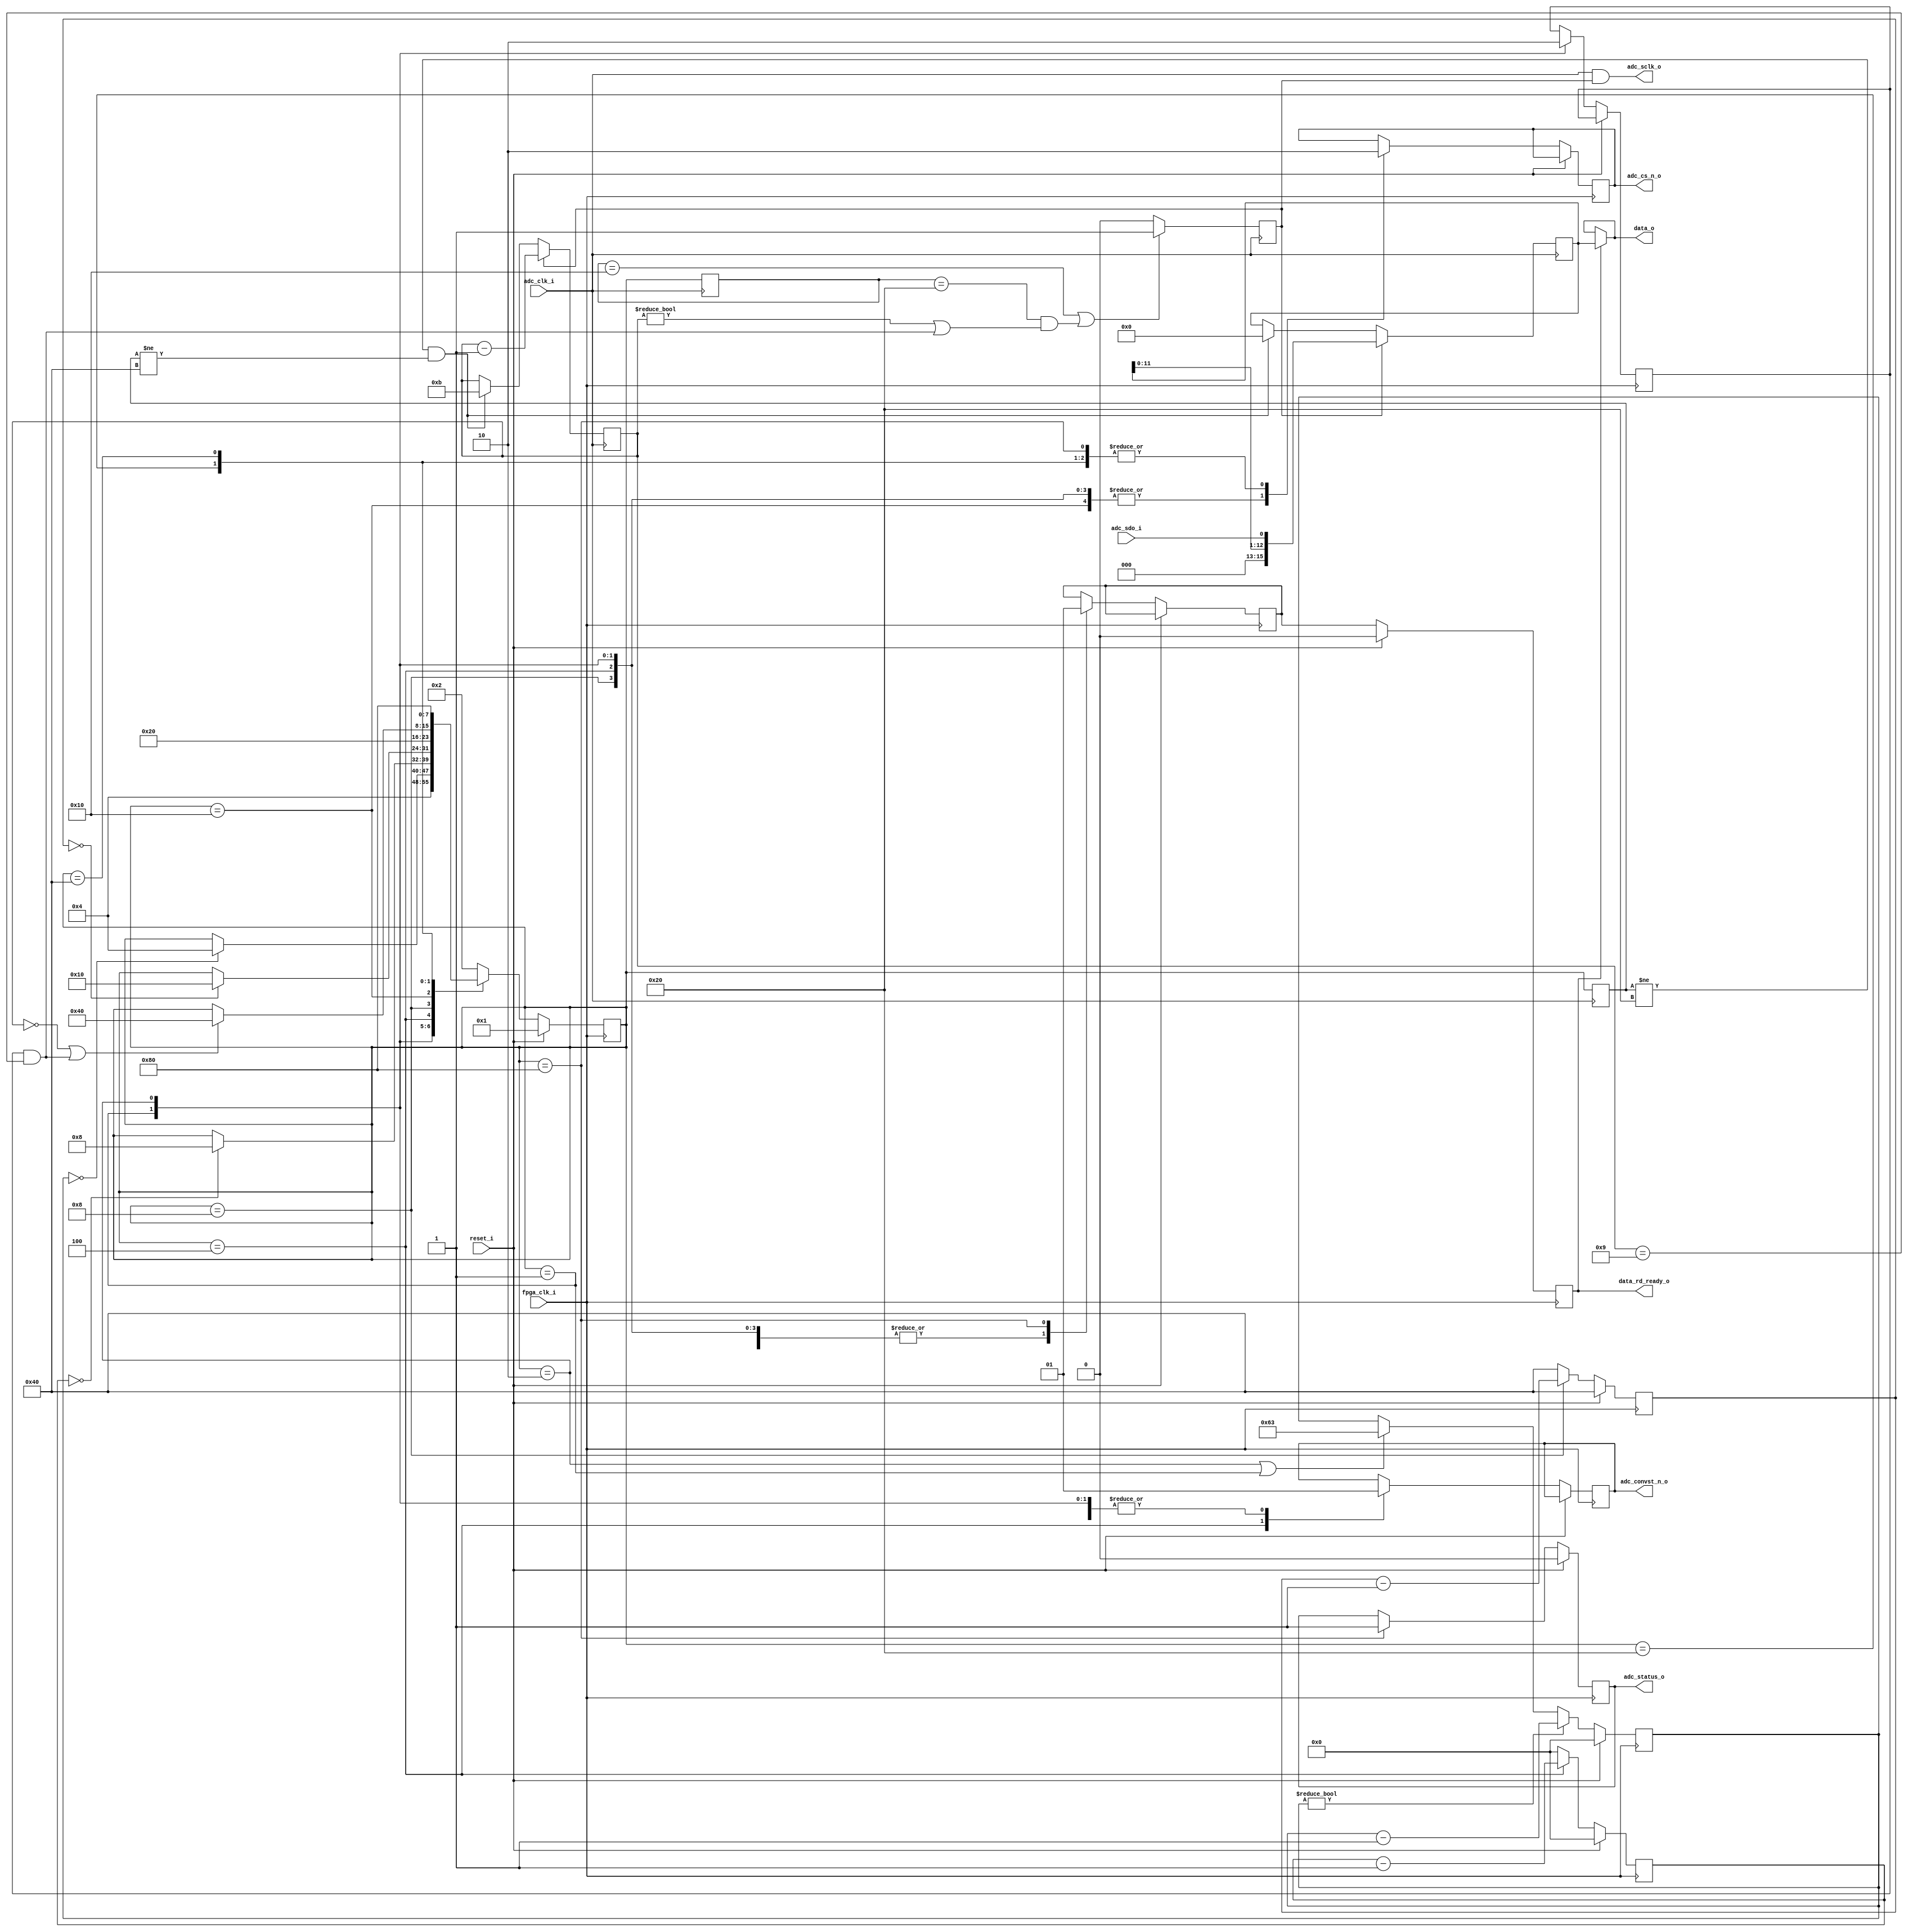
module axi_ad7091r_dev_if
(
    //clock and reset signals
    input               fpga_clk_i,     // system clock (100 MHz)
    input               adc_clk_i,      // clock to be applied to ADC to read the conversions results (50 MHZ)
    input               reset_i,        // active high reset signal
    //IP control and data interface
    output     [15:0]   data_o,         // data read from the ADC
    output  reg         data_rd_ready_o,// when set to high the data read from the ADC is available on the data_o bus
    output  reg         adc_status_o,   // signals that the first data acquisition has been performed
    //AD7938 control and data interface
    input               adc_sdo_i,
    output              adc_sclk_o,
    output              adc_cs_n_o,
    output              adc_convst_n_o
);
reg [ 7:0]  adc_state;          //current state for the ADC control state machine
reg [ 7:0]  adc_next_state;     //next state for the ADC control state machine
reg [ 7:0]  adc_state_nc_m1;    //current state for the ADC state machine in the ADC clock domain sampled on the falling edge
reg [ 7:0]  adc_state_pc_m1;    //current state for the ADC state machine in the ADC clock domain sampled on the rising edge
reg [ 6:0]  adc_tcycle_cnt;
reg [ 6:0]  adc_tconvst_cnt;
reg [ 6:0]  adc_tconvert_cnt;
reg [ 4:0]  sclk_clk_cnt;
reg         adc_cnv_s;
reg         adc_clk_en = 1'b0;
reg         adc_cs_n_s;
reg [15:0]  adc_data_s;
reg         adc_sw_reset;
reg         data_rd_ready_s;
//ADC states
parameter ADC_SW_RESET_STATE        = 8'b00000001;
parameter ADC_IDLE_STATE            = 8'b00000010;
parameter ADC_START_CNV_STATE       = 8'b00000100;
parameter ADC_WAIT_CNV_DONE_STATE   = 8'b00001000;
parameter ADC_WAIT_DATA_VALID_STATE = 8'b00010000;
parameter ADC_READ_CNV_RESULT       = 8'b00100000;
parameter ADC_END_CNV_STATE         = 8'b01000000;
parameter ADC_DATAREADY_STATE       = 8'b10000000;
//ADC timing
parameter real FPGA_CLOCK_FREQ  = 100;    //FPGA clock frequency [MHz]
parameter real ADC_CYCLE_TIME   = 1.000;  //minimum time between two ADC conversions [us]
parameter real ADC_CONVST_TIME  = 0.010;  //minimum time to keep /CONVST low [us]
parameter real ADC_CONVERT_TIME = 0.650;  //conversion time [us]
parameter [6:0] ADC_CYCLE_CNT   = FPGA_CLOCK_FREQ * ADC_CYCLE_TIME - 1;
parameter [6:0] ADC_CONVST_CNT  = FPGA_CLOCK_FREQ * ADC_CONVST_TIME - 1;
parameter [6:0] ADC_CONVERT_CNT = FPGA_CLOCK_FREQ * ADC_CONVERT_TIME - 1;
//ADC serial clock periods
parameter ADC_SCLK_PERIODS       = 5'd12;
parameter ADC_RESET_SCLK_PERIODS = 4'd3;
assign adc_sclk_o     = adc_clk_i & adc_clk_en;
assign adc_cs_n_o     = adc_cs_n_s;
assign adc_convst_n_o = adc_cnv_s;
assign data_o         = (data_rd_ready_o == 1'b1) ? adc_data_s : data_o;
always @(negedge fpga_clk_i)
begin
    if(reset_i == 1'b1)
    begin
        data_rd_ready_o <= 1'b0;
    end
    else
    begin
        data_rd_ready_o <= data_rd_ready_s;
    end
end
//update the ADC timing counters
always @(posedge fpga_clk_i)
begin
    if(reset_i == 1'b1)
    begin
        adc_tcycle_cnt   <= 0;
        adc_tconvst_cnt  <= ADC_CONVST_CNT;
        adc_tconvert_cnt <= ADC_CONVERT_CNT;
    end
    else
    begin
        if(adc_tcycle_cnt != 1'b0)
        begin
            adc_tcycle_cnt <= adc_tcycle_cnt - 7'h1;
        end
        else if(adc_state == ADC_IDLE_STATE || adc_state == ADC_SW_RESET_STATE)
        begin
            adc_tcycle_cnt <= ADC_CYCLE_CNT;
        end
        if(adc_state == ADC_START_CNV_STATE)
        begin
            adc_tconvst_cnt <= adc_tconvst_cnt - 7'h1;
        end
        else
        begin
           adc_tconvst_cnt <= ADC_CONVST_CNT;
        end
        if(adc_state == ADC_WAIT_CNV_DONE_STATE)
        begin
            adc_tconvert_cnt <= adc_tconvert_cnt - 7'h1;
        end
        else
        begin
           adc_tconvert_cnt <= ADC_CONVERT_CNT;
        end
    end
end
//determine when the ADC clock is valid to be sent to the ADC
always @(negedge adc_clk_i)
begin
    adc_state_nc_m1 <= adc_state;
    adc_clk_en      <= ((adc_state_nc_m1 == ADC_WAIT_DATA_VALID_STATE) || (adc_state_nc_m1 == ADC_READ_CNV_RESULT) && ( (sclk_clk_cnt != 0) || ((adc_sw_reset == 1'b1) && (sclk_clk_cnt == ADC_SCLK_PERIODS - ADC_RESET_SCLK_PERIODS)))) ? 1'b1 : 1'b0;
end
//read data from the ADC
always @(negedge adc_clk_i)
begin
    adc_state_pc_m1 <= adc_state;
    if(adc_clk_en == 1'b1)
    begin
        adc_data_s   <= {3'b0, adc_data_s[11:0], adc_sdo_i};
        sclk_clk_cnt <= sclk_clk_cnt - 5'h1;
    end
    else if(adc_state_pc_m1 != ADC_READ_CNV_RESULT && adc_state_pc_m1 != ADC_END_CNV_STATE)
    begin
        adc_data_s      <= 16'h0;
        sclk_clk_cnt    <= ADC_SCLK_PERIODS - 1;
    end
end
//update the ADC current state and the control signals
always @(posedge fpga_clk_i)
begin
    if(reset_i == 1'b1)
    begin
        adc_state <= ADC_SW_RESET_STATE;
        adc_status_o <= 1'b0;
    end
    else
    begin
        adc_state <= adc_next_state;
        case (adc_state)
            ADC_SW_RESET_STATE:
            begin
                adc_cnv_s       <= 1'b1;
                adc_cs_n_s      <= 1'b1;
                data_rd_ready_s <= 1'b0;
                adc_sw_reset    <= 1'b1;
            end
            ADC_IDLE_STATE:
            begin
                adc_cnv_s       <= 1'b1;
                adc_cs_n_s      <= 1'b1;
                data_rd_ready_s <= 1'b0;
                adc_sw_reset    <= 1'b0;
            end
            ADC_START_CNV_STATE:
            begin
                adc_cnv_s       <= 1'b0;
                adc_cs_n_s      <= 1'b1;
                data_rd_ready_s <= 1'b0;
            end
            ADC_WAIT_CNV_DONE_STATE:
            begin
                adc_cnv_s       <= 1'b1;
                adc_cs_n_s      <= 1'b1;
                data_rd_ready_s <= 1'b0;
            end
            ADC_WAIT_DATA_VALID_STATE:
            begin
                adc_cnv_s       <= 1'b1;
                adc_cs_n_s      <= 1'b1;
                data_rd_ready_s <= 1'b0;
            end
            ADC_READ_CNV_RESULT:
            begin
                adc_cnv_s       <= 1'b1;
                adc_cs_n_s      <= 1'b0;
                data_rd_ready_s <= 1'b0;
            end
            ADC_END_CNV_STATE:
            begin
                adc_cnv_s       <= 1'b1;
                adc_cs_n_s      <= 1'b0;
                data_rd_ready_s <= 1'b0;
            end
            ADC_DATAREADY_STATE:
            begin
                adc_cnv_s       <= 1'b1;
                adc_cs_n_s      <= 1'b0;
                data_rd_ready_s <= 1'b1;
                adc_status_o    <= 1'b1;
            end
        endcase
    end
end
//update the ADC next state
always @(adc_state, adc_tcycle_cnt, adc_tconvst_cnt, adc_tconvert_cnt, sclk_clk_cnt, adc_sw_reset)
begin
    adc_next_state <= adc_state;
    case (adc_state)
        ADC_SW_RESET_STATE:
        begin
            adc_next_state <= ADC_START_CNV_STATE;
        end
        ADC_IDLE_STATE:
        begin
            if(adc_tcycle_cnt == 0)
            begin
                adc_next_state <= ADC_START_CNV_STATE;
            end
        end
        ADC_START_CNV_STATE:
        begin
            if(adc_tconvst_cnt == 0)
            begin
                adc_next_state <= ADC_WAIT_CNV_DONE_STATE;
            end
        end
        ADC_WAIT_CNV_DONE_STATE:
        begin
            if(adc_tconvert_cnt == 0)
            begin
                adc_next_state <= ADC_WAIT_DATA_VALID_STATE;
            end
        end
        ADC_WAIT_DATA_VALID_STATE:
        begin
           adc_next_state <= ADC_READ_CNV_RESULT;
        end
        ADC_READ_CNV_RESULT:
        begin
            if((sclk_clk_cnt == 0) || ((adc_sw_reset == 1'b1) && (sclk_clk_cnt == ADC_SCLK_PERIODS - ADC_RESET_SCLK_PERIODS)))
            begin
                adc_next_state <= ADC_END_CNV_STATE;
            end
        end
        ADC_END_CNV_STATE:
        begin
            adc_next_state <= ADC_DATAREADY_STATE;
        end
        ADC_DATAREADY_STATE:
        begin
            adc_next_state <= ADC_IDLE_STATE;
        end
        default:
        begin
            adc_next_state <= ADC_IDLE_STATE;
        end
    endcase
end
endmodule